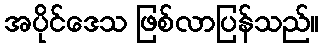
အပိုင်ဒေသ ဖြစ်လာပြန်သည်။